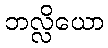
ဘလ္လိယော